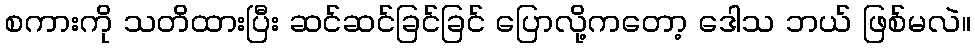
စကားကို သတိထားပြီး ဆင်ဆင်ခြင်ခြင် ပြောလို့ကတော့ ဒေါသ ဘယ် ဖြစ်မလဲ။